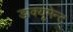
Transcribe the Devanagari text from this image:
डाक्यूमेन्ट